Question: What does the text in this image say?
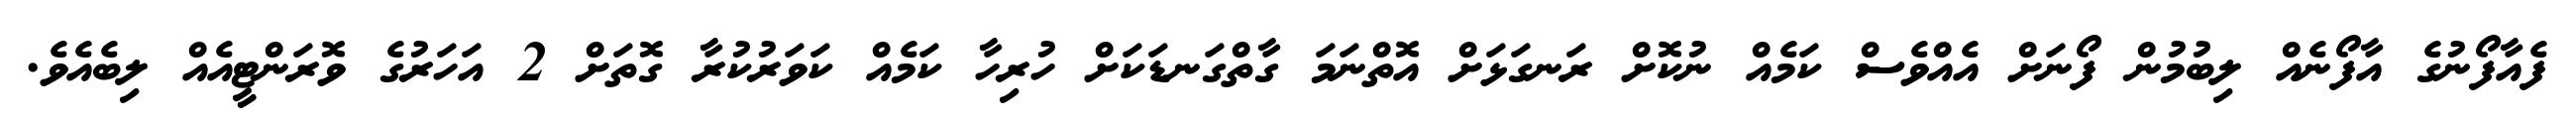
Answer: ފެއާފޯނުގެ އާފޯނެއް ލިބުމުން ފޯނަށް އެއްވެސް ކަމެއް ނުކޮށް ރަނގަޅަށް އޮތްނަމަ ގާތްގަނޑަކަށް ހުރިހާ ކަމެއް ކަވަރުކުރާ ގޮތަށް 2 އަހަރުގެ ވޮރަންޓީއެއް ލިބެއެވެ.